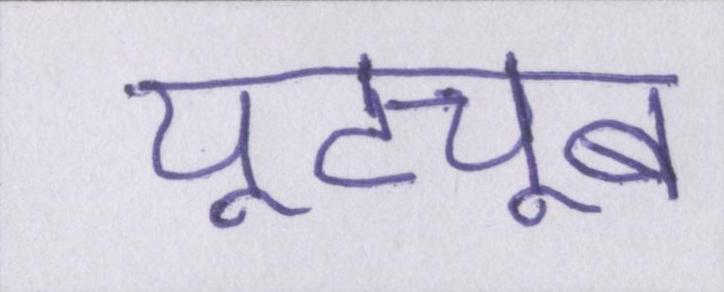
यूट्यूब